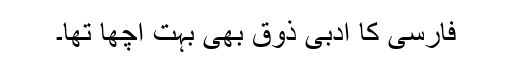
فارسی کا ادبی ذوق بھی بہت اچھا تھا۔